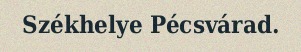
Székhelye Pécsvárad.